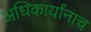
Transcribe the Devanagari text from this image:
अधिकार्यांनाच